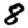
Digit: 8